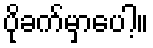
ပိုခက်မှာပေါ့။